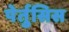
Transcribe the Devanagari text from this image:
पेर्तुसिस